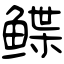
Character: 鲽